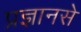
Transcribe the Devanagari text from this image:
प्रज्ञानसे